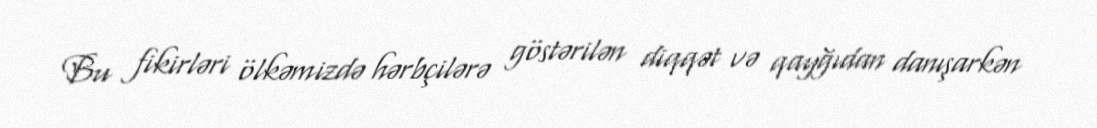
Bu fikirləri ölkəmizdə hərbçilərə göstərilən diqqət və qayğıdan danışarkən